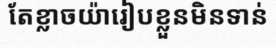
តែខ្លាចយ៉ារៀបខ្លួនមិនទាន់